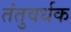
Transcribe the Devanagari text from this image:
तंतुवर्धक